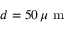
d = 5 0 \, \mu \textrm { m }